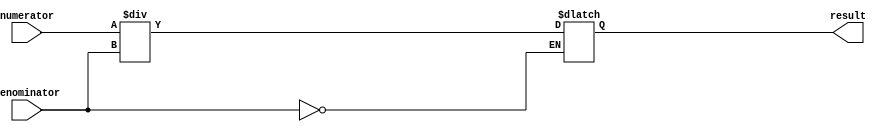
module fractional_divider (
  input wire signed [31:0] numerator,
  input wire signed [31:0] denominator,
  output wire signed [31:0] result
);

reg signed [31:0] quotient;
reg signed [31:0] remainder;
reg signed [31:0] temp;
reg overflow_flag;
reg div_by_zero_flag;

always @* begin
  div_by_zero_flag = (denominator == 0);
  if (!div_by_zero_flag) begin
    temp = numerator / denominator;
    overflow_flag = (temp != quotient);
    quotient = temp;
    remainder = numerator - (denominator * quotient);
  end
end

assign result = quotient;

endmodule